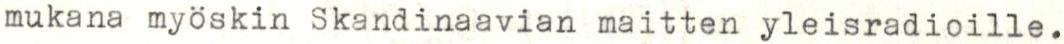
mukana myöskin Skandinaavian maitten yleisradioille.